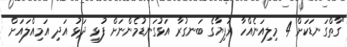
"ގާތްގަނޑަކަށް 4 މިލިއަނެއްހާ ރުފިޔާގެ ބަނގުރާ އަޅުގަނޑުމެންނަށް ފުޅި ދަޅު އަދި އަމިއްލައަށް